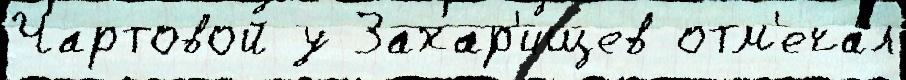
Чартовой у Захар'ищев отм'еча́л